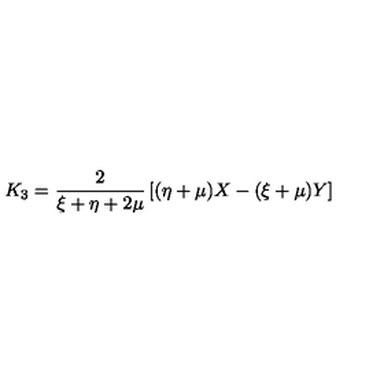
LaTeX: K _ { 3 } = \frac { 2 } { \xi + \eta + 2 \mu } \left[ ( \eta + \mu ) X - ( \xi + \mu ) Y \right]